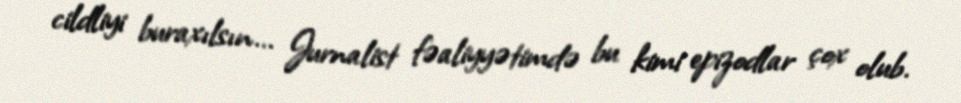
cildliyi buraxılsın... Jurnalist fəaliyyətimdə bu kimi epizodlar çox olub.